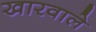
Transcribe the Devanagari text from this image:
खारवाले